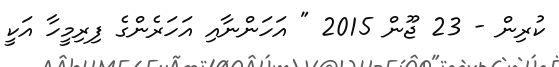
ކުރިން - 23 ޖޫން 2015 " އަހަންނާއި އަހަރެންގެ ފިރިމީހާ އަކީ